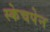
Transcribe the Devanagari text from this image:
स्केचपेन